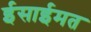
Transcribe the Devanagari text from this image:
ईसाईमत